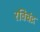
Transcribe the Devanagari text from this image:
रविचंद्र